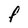
Character: F